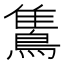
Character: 𪂣